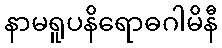
နာမရူပနိရောဓဂါမိနီ